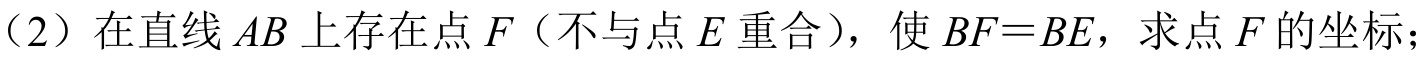
（2）在直线\(AB\)上存在点\(F\)（不与点\(E\)重合），使\(BF = BE\)，求点\(F\)的坐标；